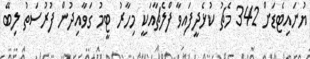
ޔުނައިޓެޑަށް 342 މެޗު ކުޅެދީފައިވާ ފްލެޗާއަކީ މިހާރު ޓީމު ގަވާއިދުން ފުރުސަތު ލިބޭ